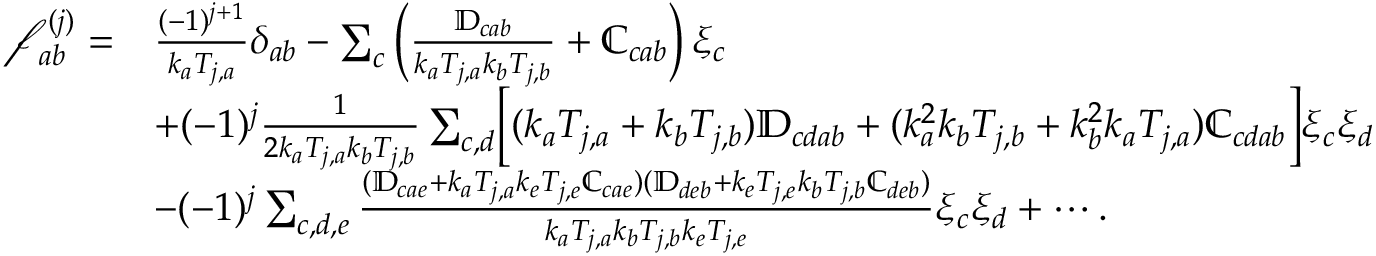
\begin{array} { r l } { \mathcal { f } _ { a b } ^ { ( j ) } = } & { \frac { ( - 1 ) ^ { j + 1 } } { k _ { a } T _ { j , a } } \delta _ { a b } - \sum _ { c } \left( \frac { \mathbb { D } _ { c a b } } { k _ { a } T _ { j , a } k _ { b } T _ { j , b } } + \mathbb { C } _ { c a b } \right) \xi _ { c } } \\ & { + ( - 1 ) ^ { j } \frac { 1 } { 2 k _ { a } T _ { j , a } k _ { b } T _ { j , b } } \sum _ { c , d } \Bigl [ ( k _ { a } T _ { j , a } + k _ { b } T _ { j , b } ) \mathbb { D } _ { c d a b } + ( k _ { a } ^ { 2 } k _ { b } T _ { j , b } + k _ { b } ^ { 2 } k _ { a } T _ { j , a } ) \mathbb { C } _ { c d a b } \Bigl ] \xi _ { c } \xi _ { d } } \\ & { - ( - 1 ) ^ { j } \sum _ { c , d , e } \frac { ( \mathbb { D } _ { c a e } + k _ { a } T _ { j , a } k _ { e } T _ { j , e } \mathbb { C } _ { c a e } ) ( \mathbb { D } _ { d e b } + k _ { e } T _ { j , e } k _ { b } T _ { j , b } \mathbb { C } _ { d e b } ) } { k _ { a } T _ { j , a } k _ { b } T _ { j , b } k _ { e } T _ { j , e } } \xi _ { c } \xi _ { d } + \cdots . } \end{array}